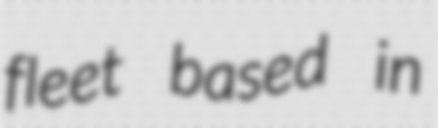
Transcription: fleet based in